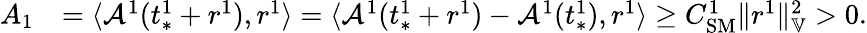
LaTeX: \begin{array}{rl}{A_{1}}&{=\langle\mathcal{A}^{1}(t_{*}^{1}+r^{1}),r^{1}\rangle=\langle\mathcal{A}^{1}(t_{*}^{1}+r^{1})-\mathcal{A}^{1}(t_{*}^{1}),r^{1}\rangle\ge C_{\mathrm{SM}}^{1}\| r^{1}\| _{\mathbb{V}}^{2}>0.}\end{array}